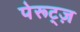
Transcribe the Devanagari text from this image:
पेरूट्ज़